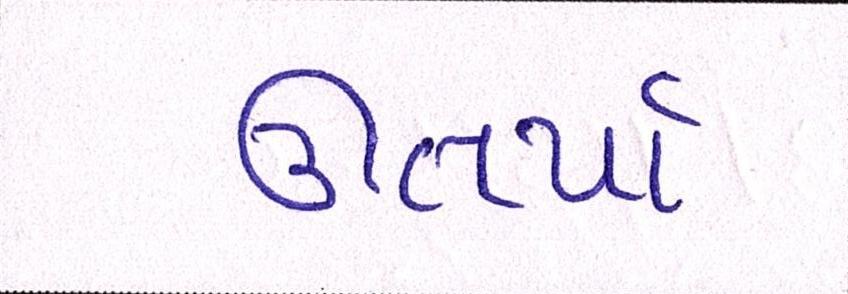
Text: ઊતર્યાં